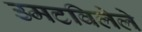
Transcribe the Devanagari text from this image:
उमटविलेले